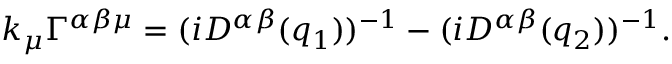
k _ { \mu } \Gamma ^ { \alpha \beta \mu } = ( i D ^ { \alpha \beta } ( q _ { 1 } ) ) ^ { - 1 } - ( i D ^ { \alpha \beta } ( q _ { 2 } ) ) ^ { - 1 } .